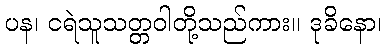
ပန၊ ငရဲသူသတ္တဝါတို့သည်ကား။ ဒုခိနော၊